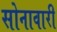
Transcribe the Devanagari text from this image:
सोनावारी